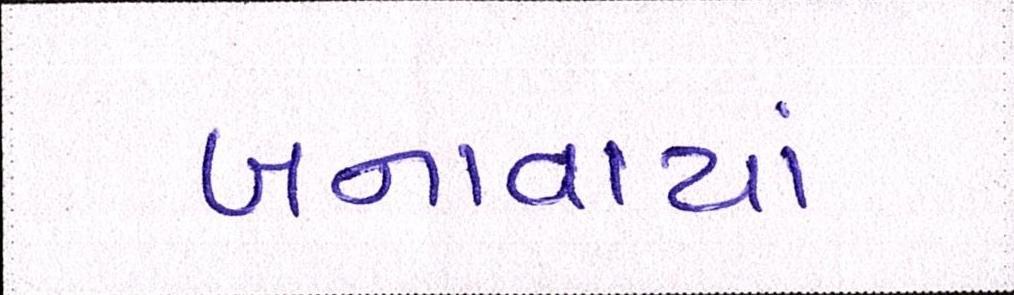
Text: બનાવાયાં